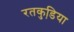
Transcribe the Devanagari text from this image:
रतकुडि़या